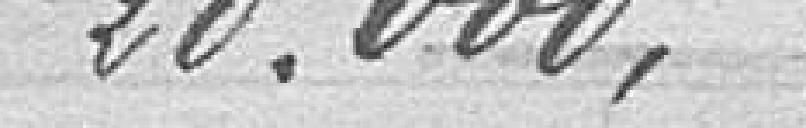
20000,00